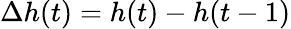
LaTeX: \Delta h(t)=h(t)-h(t-1)